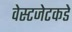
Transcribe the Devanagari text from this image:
वेस्टजेटकडे